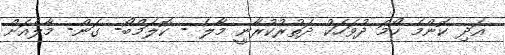
އަދި ކޮންމެ ހޯމަ ދުވަހަކު ދަތުރުކުރާނީ މާލެ - ކޮލަމްބޯ- ގަން- މާލެއަށް